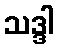
သဒ္ဒါ